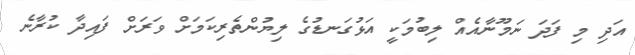
އަދި މި ފަދަ ނަމޫނާއެއް ލިބުމަކީ އަޅުގަނޑުގެ ލިޔުންތެރިކަމަށް ވަރަށް ފައިދާ ކުރާނެ